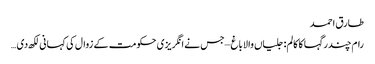
طارق احمد
رام چندر گہا کا کالم: جلیاں والا باغ –جس نے انگریزی حکومت کے زوال کی کہانی لکھ دی …